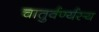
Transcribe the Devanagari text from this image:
चातुर्वर्ण्यस्य